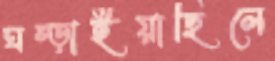
ঘষ্‌ড়াইয়াছিলে